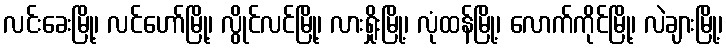
လင်းခေးမြို့၊ လင်ဟော်မြို့၊ လွိုင်လင်မြို့၊ လားရှိုးမြို့၊ လုံထန်မြို့၊ လောက်ကိုင်မြို့၊ လဲချားမြို့၊